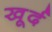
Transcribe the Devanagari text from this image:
खूर्द